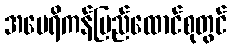
အမေရိကန်ပြည်ထောင်စုတွင်